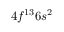
4 f ^ { 1 3 } 6 s ^ { 2 }